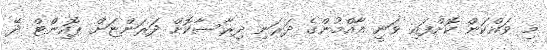
މި ވައްކަން ކޮށްފައި ވަނީ އާއްމުންގެ ދަރަނި ދިރާސާކޮށް ދަރަންޏަށް ޕޮއިންޓް ދޭ